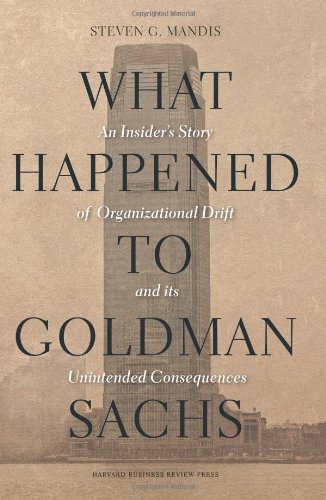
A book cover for What Happened to Goldman Sachs: An Insider's Story of Organizational Drift and Its Unintended Consequences; Steven G. Mandis; Business & Money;